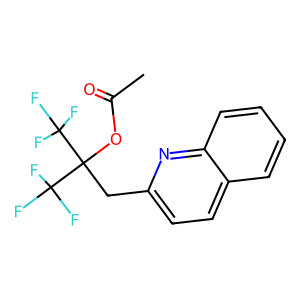
SMILES: CC(=O)OC(Cc1ccc2ccccc2n1)(C(F)(F)F)C(F)(F)F
Inhibits HIV replication: No